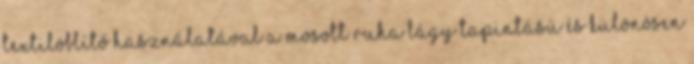
textilöblítő használatával a mosott ruha lágy tapintású és különösen